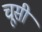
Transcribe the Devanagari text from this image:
चूसी